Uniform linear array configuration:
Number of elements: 48
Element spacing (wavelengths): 1
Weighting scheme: kaiser
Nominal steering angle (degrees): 45
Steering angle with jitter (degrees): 46.908
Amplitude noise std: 0.05
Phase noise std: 0.05

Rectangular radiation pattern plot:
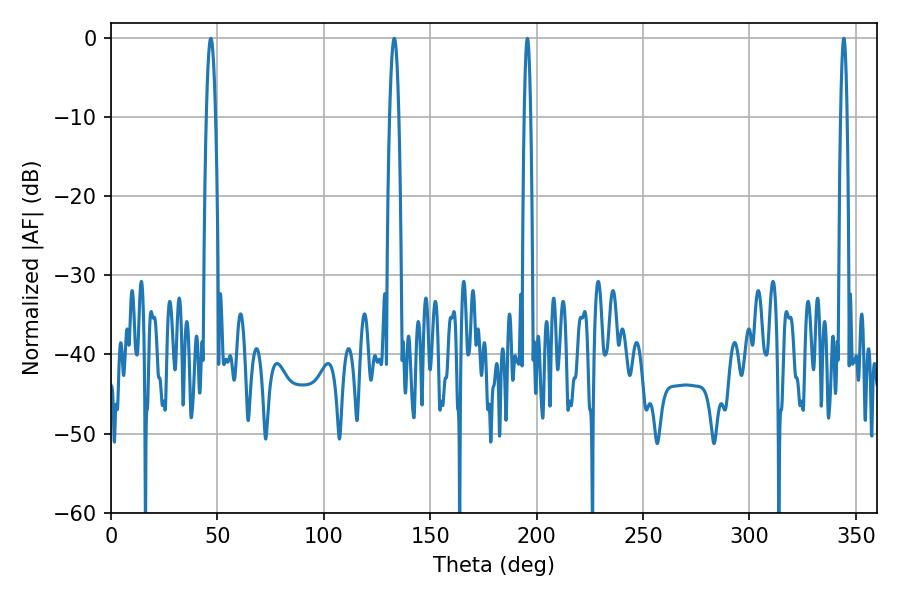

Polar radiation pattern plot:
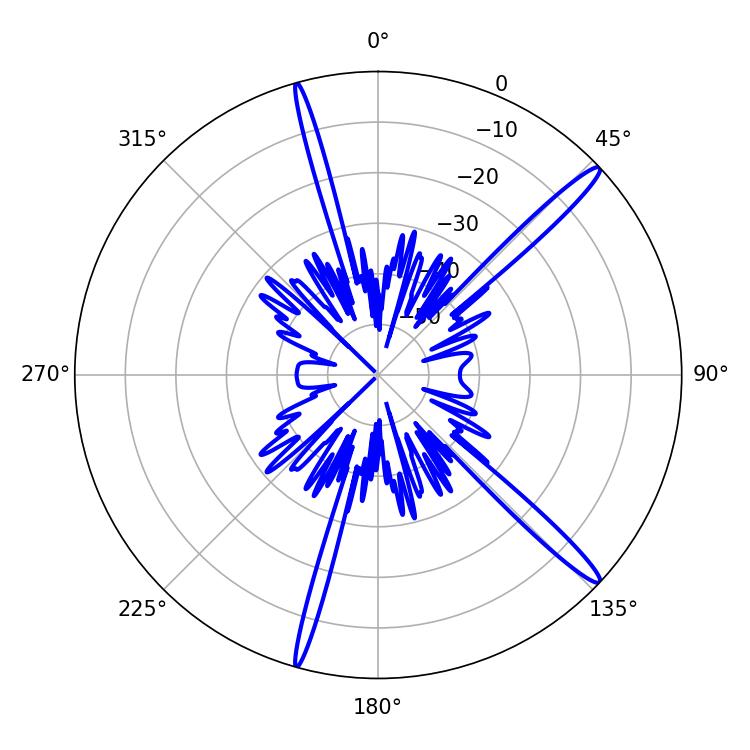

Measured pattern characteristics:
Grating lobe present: TRUE
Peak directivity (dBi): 16.108
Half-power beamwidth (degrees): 1.44
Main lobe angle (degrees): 195.66